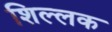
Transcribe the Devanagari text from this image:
शिल्‍लक